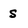
Character: s